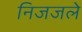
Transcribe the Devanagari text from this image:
निजजले